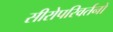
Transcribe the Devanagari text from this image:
सीरोपरिवर्तनों